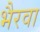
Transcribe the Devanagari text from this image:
भैरवा